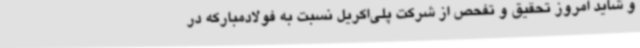
و شاید امروز تحقیق و تفحص از شرکت پلی‌اکریل نسبت به فولادمبارکه در